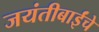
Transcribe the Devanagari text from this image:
जयंतीबाईंचे